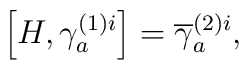
\left[ H,\gamma _{a}^{(1)i}\right] =\overline{\gamma }_{a}^{(2)i},